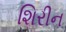
શિરીન